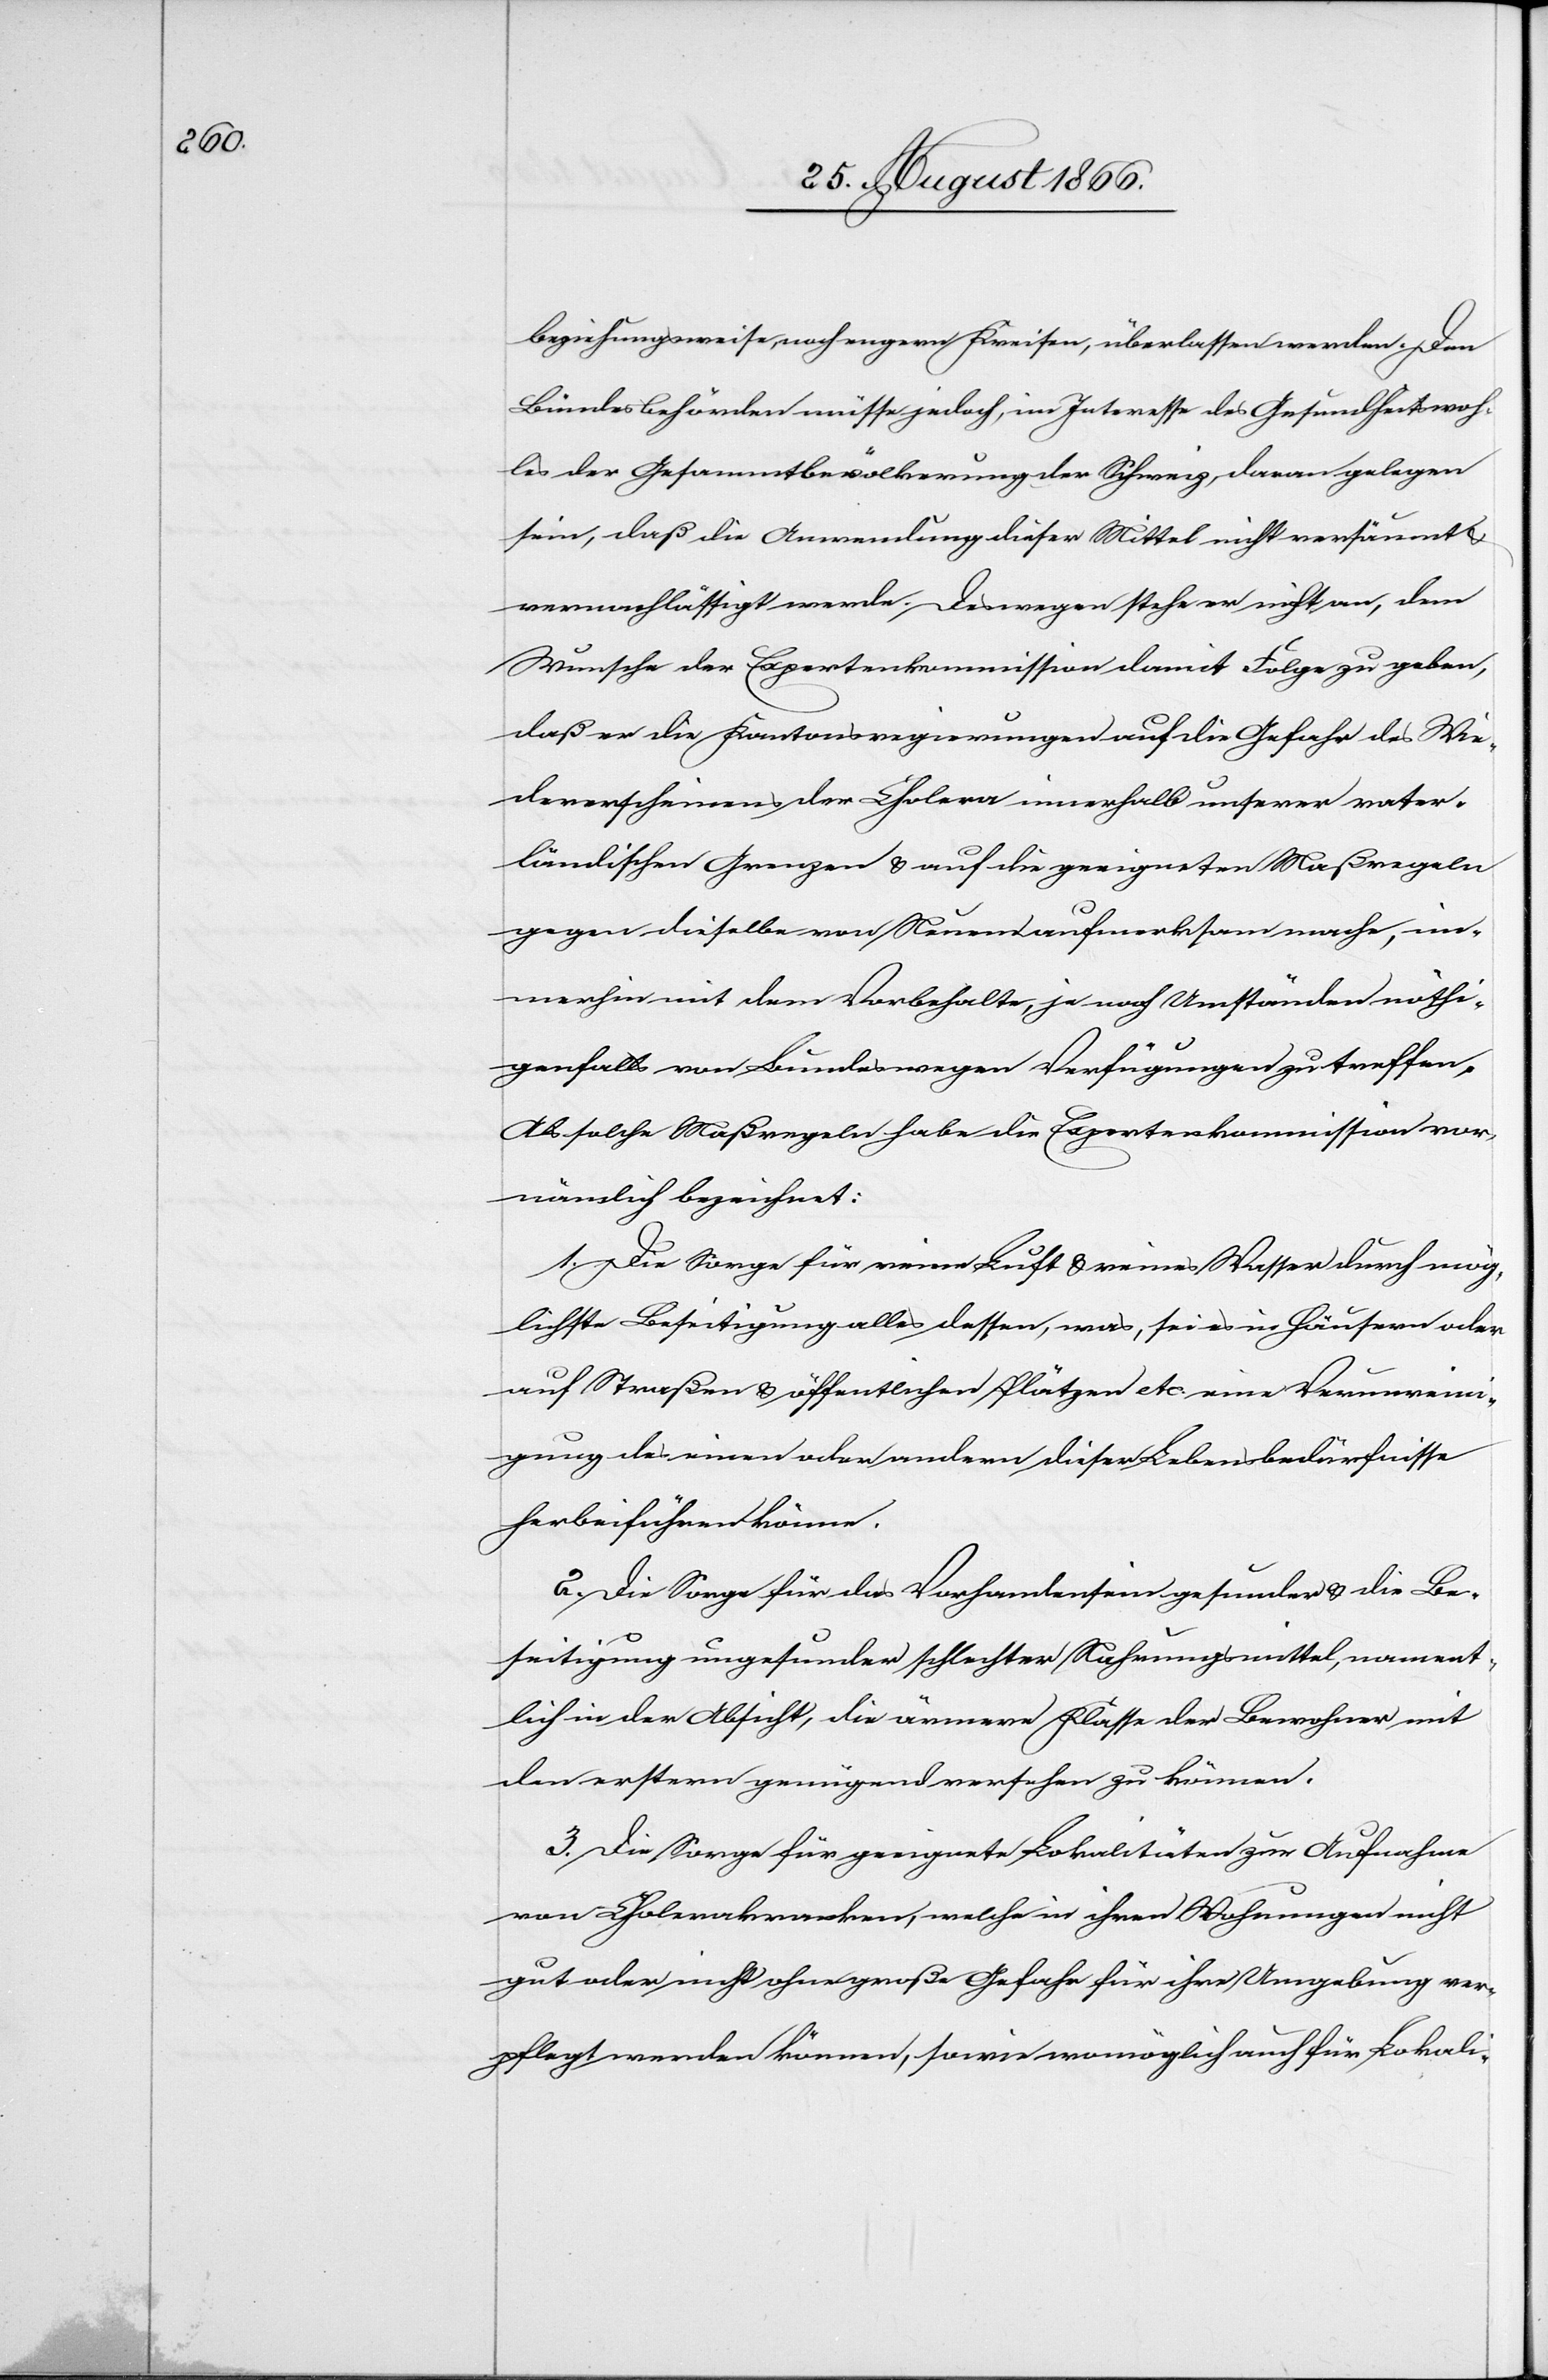
beziehungsweise, noch engern Kreisen, überlassen werden. Den
Bundesbehörden müsse jedoch, im Interesse des Gesundheitswoh¬
les der Gesammtbevölkerung der Schweiz, daran gelegen
sein, daß die Anordnung dieser Mittel nicht versäumt u.
vernachlässigt werde. Deswegen stehe er nicht an, dem
Wunsche der Expertenkommission damit Folge zu geben,
daß er die Kantonsregierungen auf die Gefahr des Wie¬
dererscheinens der Cholera innerhalb unserer vater¬
ländischen Grenzen u. auf die geeigneten Maßregeln
gegen dieselbe von Neuem aufmerksam mache, im¬
merhin mit dem Vorbehalte, je nach Umständen nöthi¬
genfalls von Bundeswegen Verfügungen zu treffen.
Als solche Maßregeln habe die Expertenkommission vor¬
nämlich bezeichnet:
1. Die Sorge für reine Luft u. reines Wasser durch mög¬
lichste Beseitigung alles dessen, was, sei es in Häusern oder
auf Straßen u. öffentlichen Plätzen etc. eine Verunreini¬
gung des einen oder andern dieser Lebensbedürfnisse
herbeiführen könne.
2. Die Sorge für das Vorhandensein gesunder u. die Be¬
seitigung ungesunder schlechter Nahrungsmittel, nament¬
lich in der Absicht, die ärmere Klasse der Bewohner mit
den erstern genügend versehen zu können.
3. Die Sorge für geeignete Lokalitäten zur Aufnahme
von Cholerakranken, welche in ihren Wohnungen nicht
gut oder nicht ohne große Gefahr für ihre Umgebung ver¬
pflegt werden können, sowie womöglich auch für Lokali-